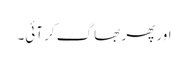
اور پھر بھاگ کر آئی۔